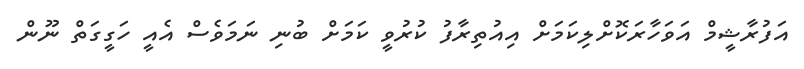
އަފުރާޝީމް އަވަހާރަކޮށްލިކަމަށް އިއުތިރާފު ކުރުވީ ކަމަށް ބުނި ނަމަވެސް އެއީ ހަގީގަތް ނޫން